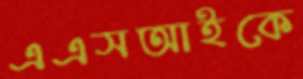
এএসআইকে